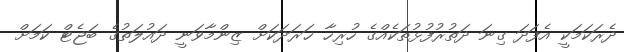
ދެރަކަމަކީ އެފަދަ ގިނަ ދަތުރުފުޅުތަކެއްގެ ހުރިހާ ޚަރަދަކަށް ޒިންމާވަނީ ދައުލަތުގެ ބަޖެޓް ކަމަށް